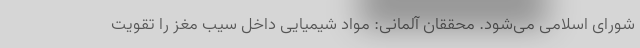
شورای اسلامی می‌شود. محققان آلمانی: مواد شیمیایی داخل سیب مغز را تقویت